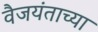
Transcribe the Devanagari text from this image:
वैजयंताच्या